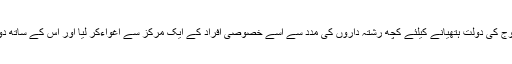
اس لالچی خاتون نے منوج کی دولت ہتھیانے کیلئے کچھ رشتہ داروں کی مدد سے اسے خصوصی افراد کے ایک مرکز سے اغواءکر لیا اور اس کے ساتھ دوبارہ شادی بھی رچا لی۔